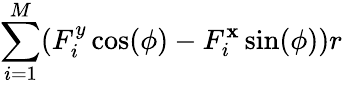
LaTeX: \sum_{i=1}^{M}(F_{i}^{y}\cos(\phi)-F_{i}^{\mathbf{x}}\sin(\phi))r